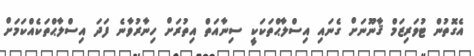
އެގޮތުން ޓުވަރިޒަމް ޤާނޫނަށް ގެނައި އިސްލާޙްތަކަކީ ސިނާއަތް އިތުރަށް ހިނާރުވާނެ ފަދަ އިސްލާޙްތަކެއްކަމަށް